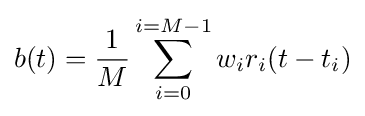
b(t)={\frac {1}{M}}\sum _{i=0}^{i=M-1}{w_{i}r_{i}(t-t_{i})}